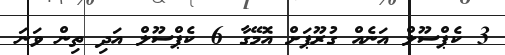
3 ކެޕްސޫލް އަނެއް ގުރޫޕަށް އޮމޭގާ 6 ކެޕްސޫލް އަދި ތިން ވަނަ